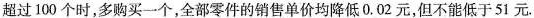
超过100个时，多购买一个，全部零件的销售单价均降低0.02元，但不能低于51元.